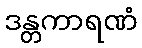
ဒန္တကာရဏံ